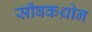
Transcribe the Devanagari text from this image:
सीबकथ्रोन